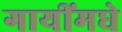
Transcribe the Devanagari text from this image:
गायींमधे